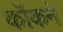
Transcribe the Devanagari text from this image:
कॉकने